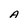
Character: A